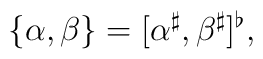
\{\alpha, \beta\} = [\alpha^\sharp, \beta^\sharp]^\flat,